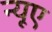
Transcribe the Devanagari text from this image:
न्‍यूए